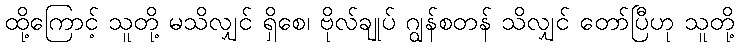
ထို့ကြောင့် သူတို့ မသိလျှင် ရှိစေ၊ ဗိုလ်ချုပ် ဂျွန်စတန် သိလျှင် တော်ပြီဟု သူတို့